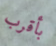
بأقرب